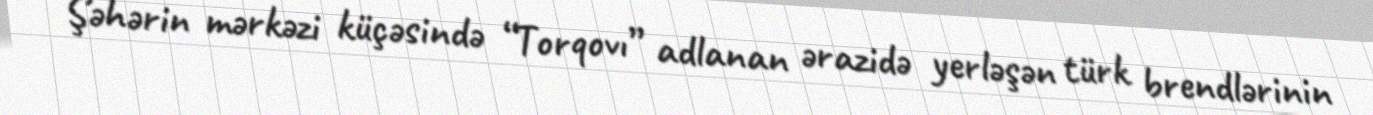
Şəhərin mərkəzi küçəsində “Torqovı” adlanan ərazidə yerləşən türk brendlərinin